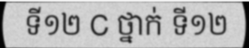
ទី១២ C ថ្នាក់ ទី១២